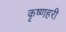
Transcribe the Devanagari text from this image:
कृष्णहरी